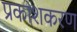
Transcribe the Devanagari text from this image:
प्रकाशकरण